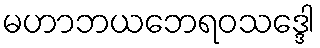
မဟာဘယဘေရဝသဒ္ဒေါ